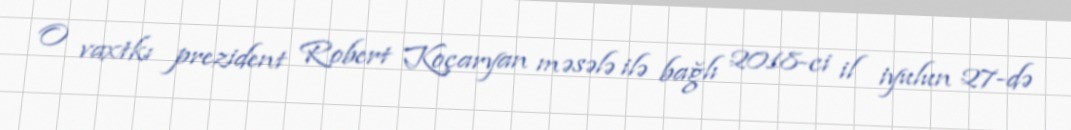
O vaxtkı prezident Robert Koçaryan məsələ ilə bağlı 2018-ci il iyulun 27-də